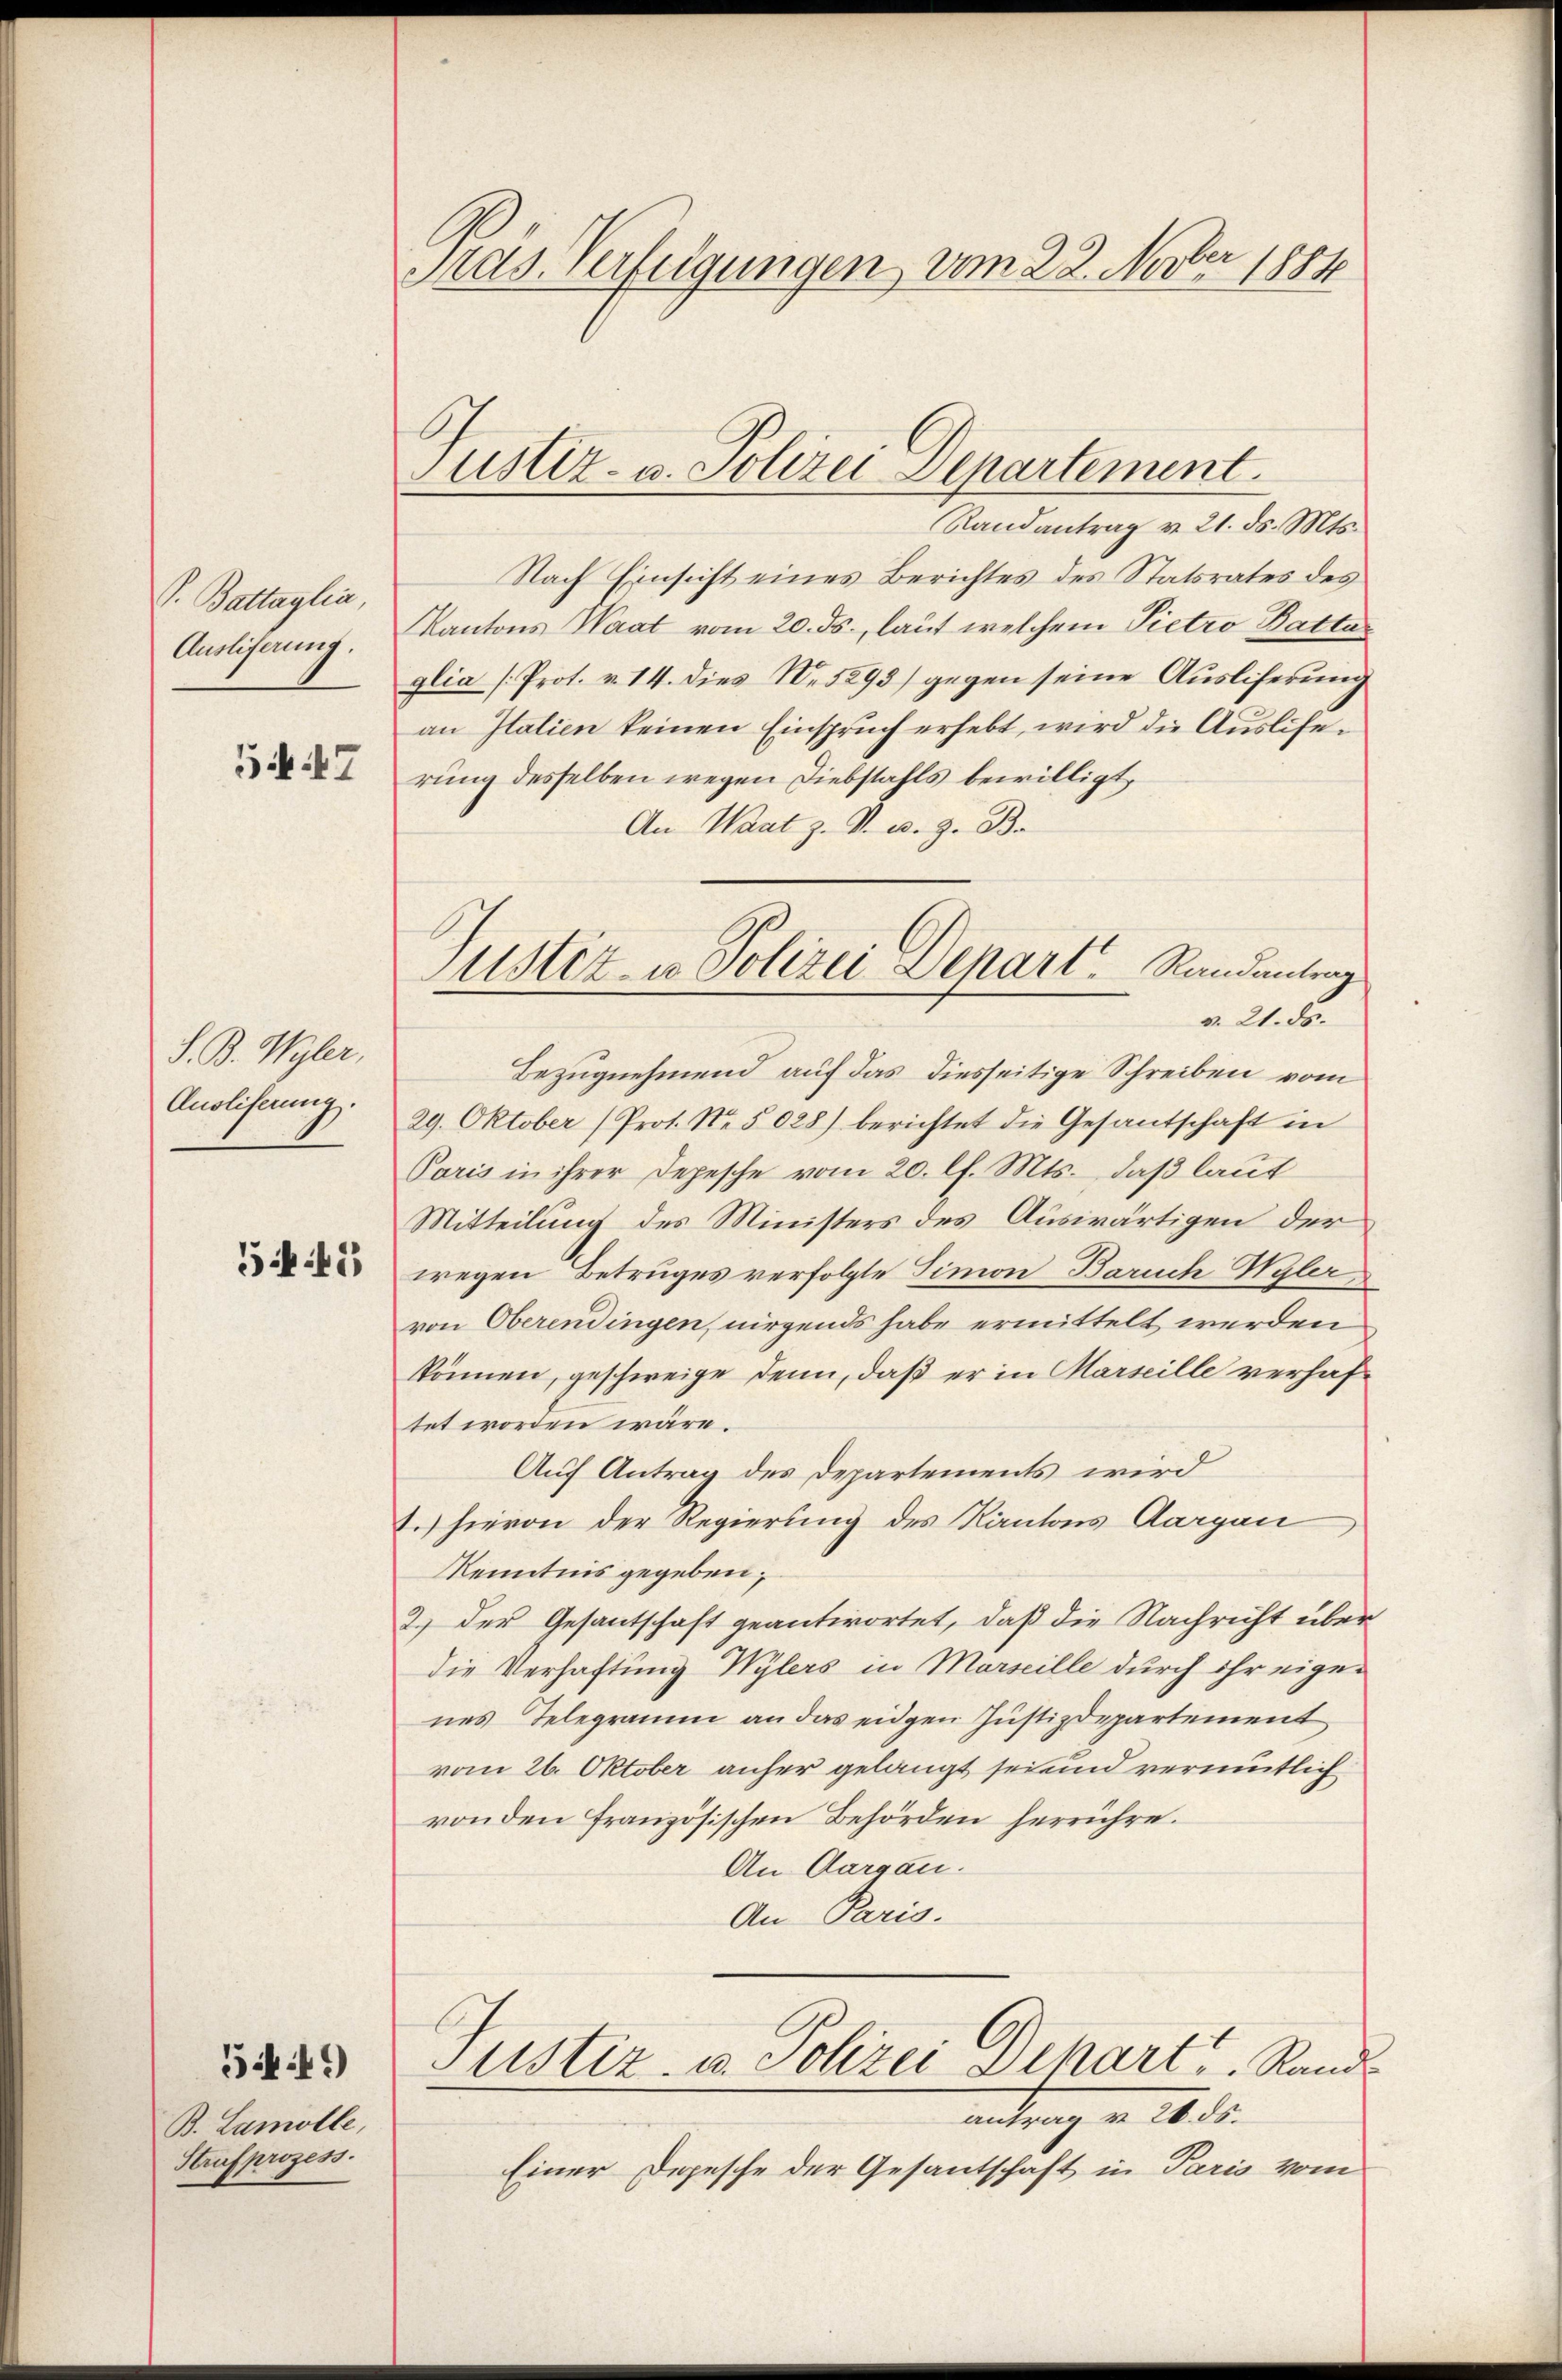
P. Battaglia,
Auslieferung.

5447

S. B. Wyler,
Anoliferung.

55

5449

B. Lamolle,
Strafprozess.

Pras. Verfügungen vom 22. Novber 1884

Justiz- u. Polizei Departement.

Randantrag v. 21. ds. Mts.
Nach Einsicht eines Berichtes des Statsrates des
Kantons Waat vom 20. ds., laut welchem Pietro Battar
glia (Prot. v. 14. dies Nr. 5295) gegen seine Ausliferung
an Italien keinen Einspruch erhebt, wird die Ausliferung desselben wegen Diebstahls bewilligt,
An Waat z. B. u. 9. Ba
Bezugnehmend auf das diesseitige Schreiben vom
29. Oktober (Prot. No. 5028) berichtet die Gesantschaft in
Paris in ihrer Depesche vom 20. lf. Mts., daß laut
Mitteilung des Ministers des Auswärtigen der
wegen Betruges verfolgte Simon Baruch Wyler,
von Oberendingen, nirgends habe ermittelt werden
können, geschweige denn, daß er in Marseille verhaftet worden wäre.
Auf Antrag des Departements wird
1.) hievon der Regierung des Kantons Aargau
Kenntnis gegeben,
2.) Der Gesantschaft geantwortet, daß die Nachricht über
die Verhaftung Wylers in Marseille durch ihr eigen
nes Telegramm an das eidgen Justizdepartement
vom 26. Oktober anher gelangt sei und vermutlich
von den Französischen Behörden herrühre.
An Aargau.
An Paris.
Justiz- u. Polizei Dihart u. Rand
antrag v. 26. ds.
Einer Depesche der Gesantschaft in Paris vom

Justiz- u. Polizei Depart. Randantrag
v. 21. ds.